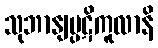
သုဘာနျပ္ပဋိကူလာနိ